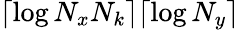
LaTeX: \lceil\log N_{x}N_{k}\rceil\lceil\log N_{y}\rceil